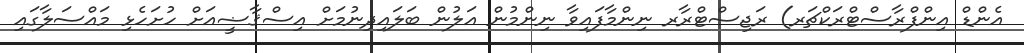
އެންޑް އިންފްރާސްޓްރަކްޗަރ) ރަޖިސްޓްރާރ ނިންމާފައިވާ ނިންމުން އަލުން ބަލައިދިނުމަށް އިސްޤާޟީއަށް ހުށަހެޅި މައްސަލާގައި